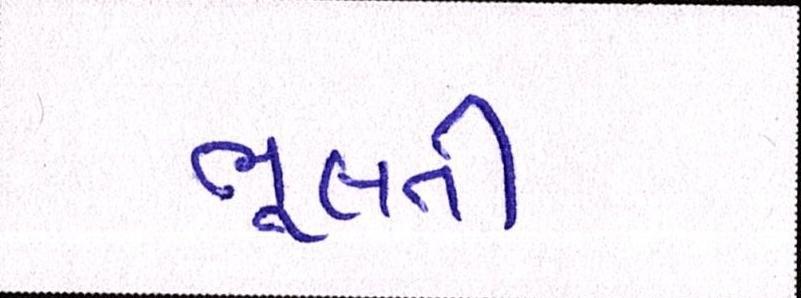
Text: ભૂલતી